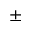
\pm